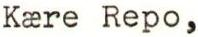
Kære Repo,